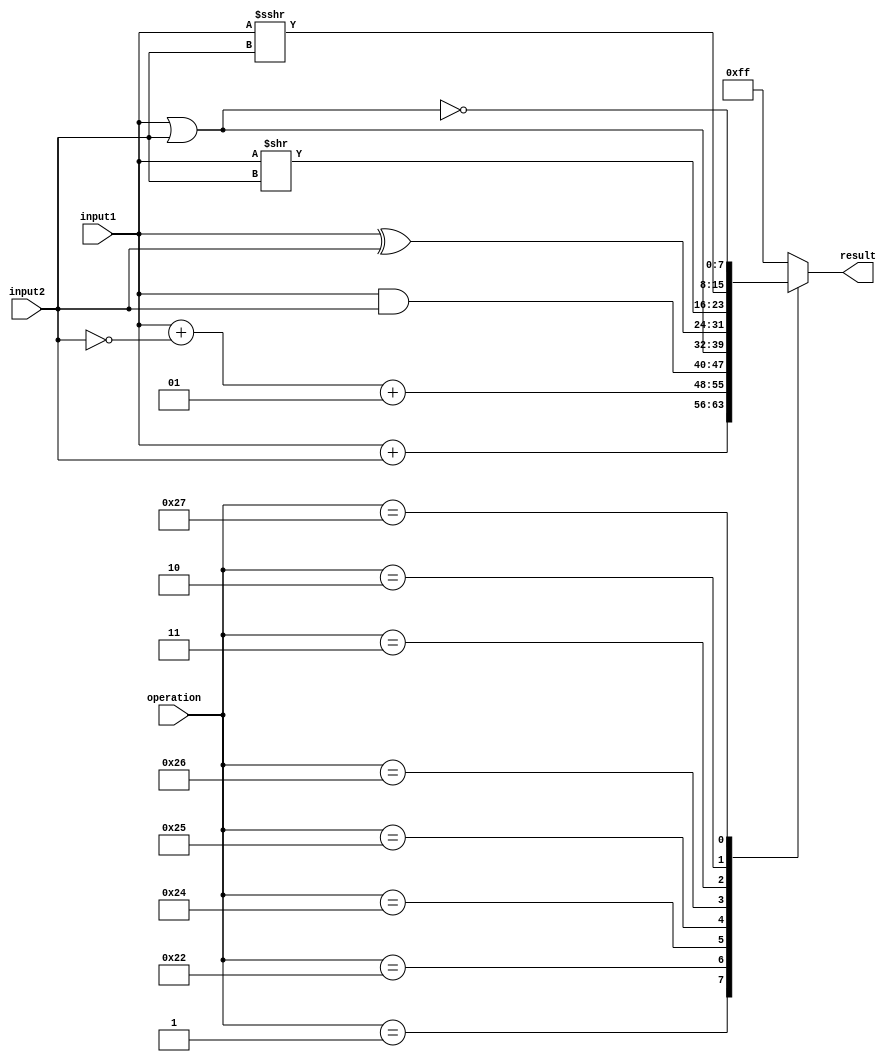
`timescale 1ns / 1ps
//////////////////////////////////////////////////////////////////////////////////
// Company: 
// Engineer: 
// 
// Design Name: 
// Module Name:    alu_ope 
// Project Name: 
// Target Devices: 
// Tool versions: 
// Description: 
//
// Dependencies: 
//
// Revision: 
// Revision 0.01 - File Created
// Additional Comments: 
//
//////////////////////////////////////////////////////////////////////////////////
module alu_ope
	(	 
	input signed [7:0]input1,
	input signed [7:0]input2,
	input wire [7:0]operation,
	output reg [7:0]result
    );
	 
	always @(*)
	begin
		 case(operation)
		 8'b00000001: result <= input1 + input2;
		 8'b00100010: result <= input1 + ~input2 + 1; //resta
		 8'b00100100: result <= input1 & input2; //and
		 8'b00100101: result <= input1 | input2; //or
		 8'b00100110: result <= input1 ^ input2; //xor
		 8'b00000011: result <= input1 >> input2; //shift logico
		 8'b00000010: result <= input1 >>> input2; //shift aritmetico
		 8'b00100111: result <= ~(input1 | input2); //nor
		 default: result<=8'b11111111;
		 endcase
	end

endmodule